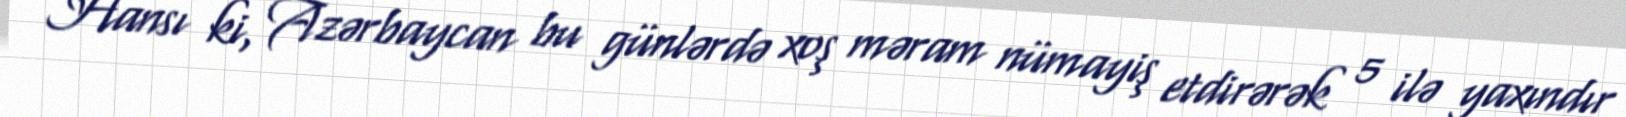
Hansı ki, Azərbaycan bu günlərdə xoş məram nümayiş etdirərək 5 ilə yaxındır